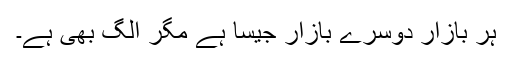
ہر بازار دوسرے بازار جیسا ہے مگر الگ بھی ہے۔